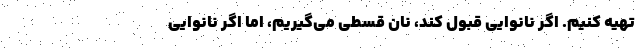
تهیه کنیم. اگر نانوایی قبول کند، نان قسطی می‌گیریم، اما اگر نانوایی